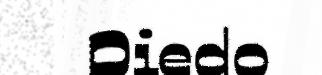
Diedo